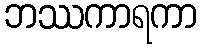
ဘဿကာရကာ